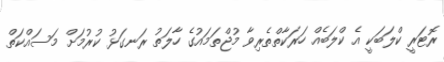
ރޮޓަރީ ކްލަބަކީ އެ ކްލަބެއް ހަރަކާތްތެރިވާ މުޖްތަމައުގެ ހާލަތު ރަނގަޅު ކުރުމަށް މަސައްކަތް